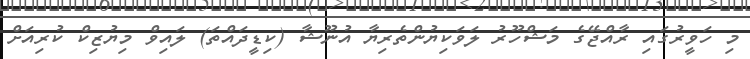
މި ހަވީރުގައި ރާއްޖޭގެ މަޝްހޫރު ލަވަކިޔުންތެރިޔާ އުނޫޝާ (ކިޑީދައްތަ) ލައިވް މިޔުޒިކް ކުރިއަށް